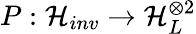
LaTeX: P:\mathcal{H}_{inv}\rightarrow\mathcal{H}_{L}^{\otimes 2}